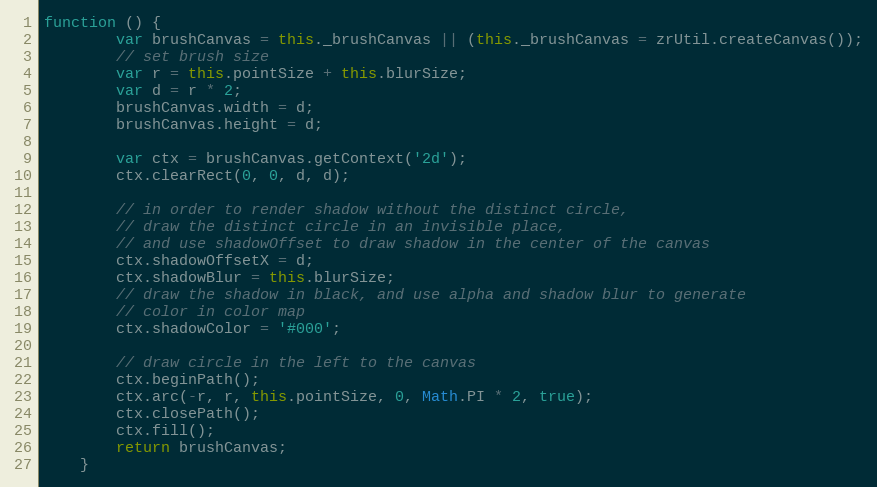
Language: JavaScript
function () {
        var brushCanvas = this._brushCanvas || (this._brushCanvas = zrUtil.createCanvas());
        // set brush size
        var r = this.pointSize + this.blurSize;
        var d = r * 2;
        brushCanvas.width = d;
        brushCanvas.height = d;

        var ctx = brushCanvas.getContext('2d');
        ctx.clearRect(0, 0, d, d);

        // in order to render shadow without the distinct circle,
        // draw the distinct circle in an invisible place,
        // and use shadowOffset to draw shadow in the center of the canvas
        ctx.shadowOffsetX = d;
        ctx.shadowBlur = this.blurSize;
        // draw the shadow in black, and use alpha and shadow blur to generate
        // color in color map
        ctx.shadowColor = '#000';

        // draw circle in the left to the canvas
        ctx.beginPath();
        ctx.arc(-r, r, this.pointSize, 0, Math.PI * 2, true);
        ctx.closePath();
        ctx.fill();
        return brushCanvas;
    }